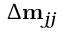
\Delta \mathbf { m } _ { j j }